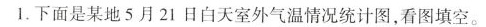
1.下面是某地5月21日白天室外气温情况统计图，看图填空。